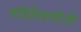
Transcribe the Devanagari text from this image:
ताहिलियाणीऔर